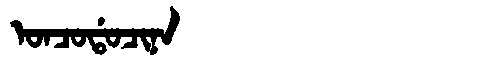
Manchu: ᠣᠨᠴᠣᡩᠣᠴᡳᠨᠠ
Romanization: ONCODOCINA